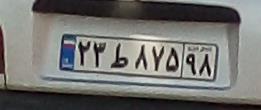
۲۳ط۸۷۵۹۸